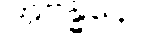
အဗန္ဓနော